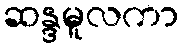
ဆန္ဒမူလကာ